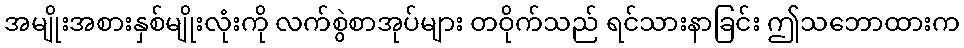
အမျိုးအစားနှစ်မျိုးလုံးကို လက်စွဲစာအုပ်များ တဝိုက်သည် ရင်သားနာခြင်း ဤသဘောထားက